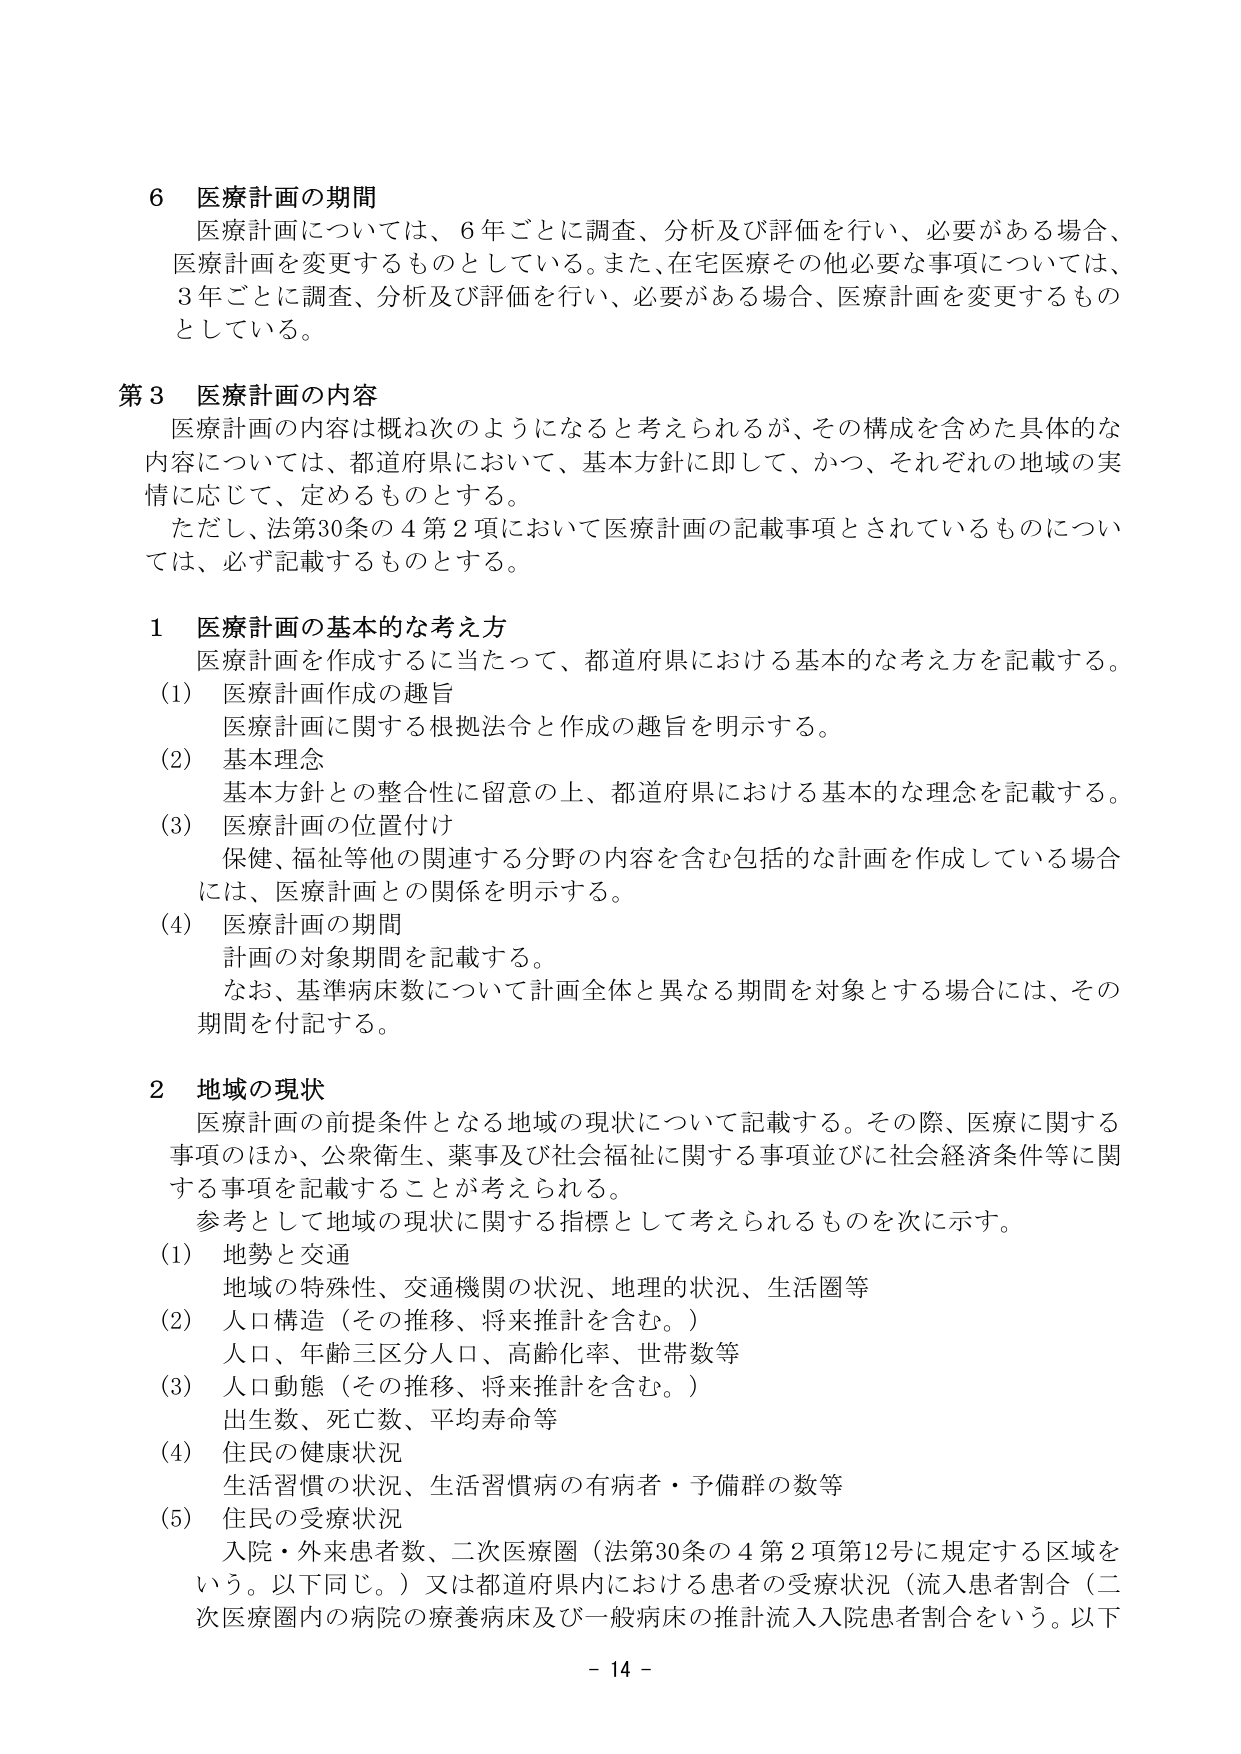
6 医療計画の期間
医療計画については、6年ごとに調査、分析及び評価を行い、必要がある場合、医療計画を変更するものとしている。また、在宅医療その他必要な事項については、3年ごとに調査、分析及び評価を行い、必要がある場合、医療計画を変更するものとしている。

第3 医療計画の内容
医療計画の内容は概ね次のようになると考えられるが、その構成を含めた具体的な内容については、都道府県において、基本方針に即して、かつ、それぞれの地域の実情に応じて、定めるものとする。
ただし、法第30条の4第2項において医療計画の記載事項とされているものについては、必ず記載するものとする。

1 医療計画の基本的な考え方
医療計画を作成するに当たって、都道府県における基本的な考え方を記載する。
(1) 医療計画作成の趣旨
医療計画に関する根拠法令と作成の趣旨を明示する。
(2) 基本理念
基本方針との整合性に留意の上、都道府県における基本的な理念を記載する。
(3) 医療計画の位置付け
保健、福祉等他の関連する分野の内容を含む包括的な計画を作成している場合には、医療計画との関係を明示する。
(4) 医療計画の期間
計画の対象期間を記載する。
なお、基準病床数について計画全体と異なる期間を対象とする場合には、その期間を付記する。

2 地域の現状
医療計画の前提条件となる地域の現状について記載する。その際、医療に関する事項のほか、公衆衛生、薬事及び社会福祉に関する事項並びに社会経済条件等に関する事項を記載することが考えられる。
参考として地域の現状に関する指標として考えられるものを次に示す。
(1) 地勢と交通
地域の特殊性、交通機関の状況、地理的状況、生活圏等
(2) 人口構造（その推移、将来推計を含む。）
人口、年齢三区分人口、高齢化率、世帯数等
(3) 人口動態（その推移、将来推計を含む。）
出生数、死亡数、平均寿命等
(4) 住民の健康状況
生活習慣の状況、生活習慣病の有病者・予備群の数等
(5) 住民の受療状況
入院・外来患者数、二次医療圏（法第30条の4第2項第12号に規定する区域をいう。以下同じ。）又は都道府県内における患者の受療状況（流入患者割合（二次医療圏内の病院の療養病床及び一般病床の推計流入入院患者割合をいう。以下

- 14 -